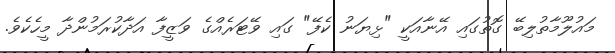
މައުލޫމާތުލިބޭ ގޮތުގައި އޭނާއަކީ "ޅިޔަނު ކެފޭ" ގައި ވޭޓަރެއްގެ ވަޒީފާ އަދާކުރަމުންދާ މީހެކެވެ.